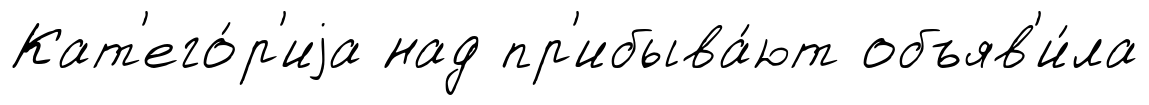
Кат'его́р'иjа над пр'ибыва́ют объяв'и́ла